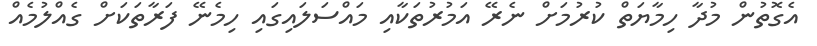
އެގޮތުން މުދާ ހިމާޔަތް ކުރުމަށް ނެރޭ އަމުރުތަކާއި މައްސަލައިގައި ހިމެނޭ ފަރާތަކަށް ގެއްލުމެއް